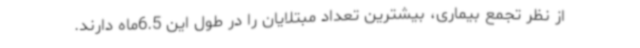
از نظر تجمع بیماری، بیشترین تعداد مبتلایان را در طول این 6.5ماه دارند.